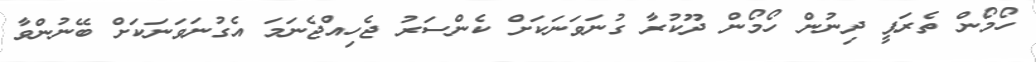
ހޯމޯން ތެރަޕީ ދިނުން ހޯމޯން ދޫކުރާ ގުނަވަނަކަށް ކެންސަރު ޖެހިއްޖެނަމަ އެގުނަވަނަކަށް ބޭނުންވާ